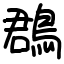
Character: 鵘